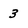
Character: 3